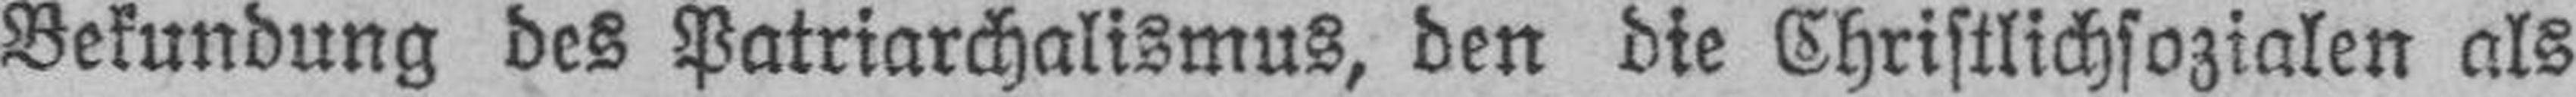
Bekundung des Patriarchalismus, den die Christlichsozialen als